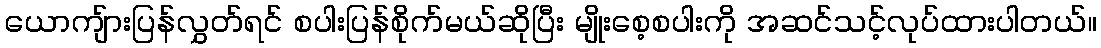
ယောကျ်ားပြန်လွှတ်ရင် စပါးပြန်စိုက်မယ်ဆိုပြီး မျိုးစေ့စပါးကို အဆင်သင့်လုပ်ထားပါတယ်။